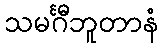
သမင်္ဂီဘူတာနံ